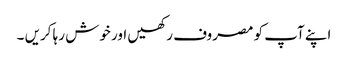
اپنے آپ کو مصروف رکھیں اور خوش رہا کریں ۔